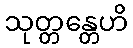
သုတ္တန္တေဟိ